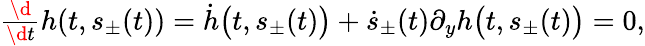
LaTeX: \begin{array}{r}{\frac{\d}{\d t}h(t,s_{\pm}(t))=\dot{h}\big(t,s_{\pm}(t)\big)+\dot{s}_{\pm}(t)\partial_{y}h\big(t,s_{\pm}(t)\big)=0,}\end{array}